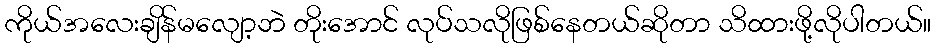
ကိုယ်အလေးချိန်မလျော့ဘဲ တိုးအောင် လုပ်သလိုဖြစ်နေတယ်ဆိုတာ သိထားဖို့လိုပါတယ်။